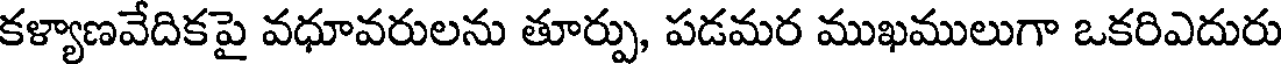
కళ్యాణవేదికపై వధూవరులను తూర్పు, పడమర ముఖములుగా ఒకరిఎదురు